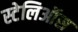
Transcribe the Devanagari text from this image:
स्टेलिऑस